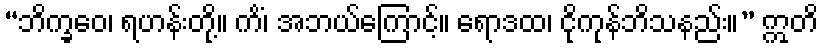
“ဘိက္ခဝေ၊ ရဟန်းတို့။ ကိံ၊ အဘယ်ကြောင့်။ ရောဒထ၊ ငိုကုန်ဘိသနည်း။” ဣတိ